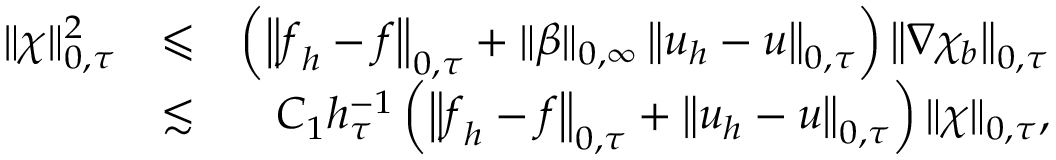
\begin{array} { r l r } { \| \chi \| _ { 0 , \tau } ^ { 2 } } & { \leqslant } & { \left( \left\| \boldsymbol { f } _ { h } - \boldsymbol { f } \right\| _ { 0 , \tau } + \| \beta \| _ { 0 , \infty } \left\| \boldsymbol { u } _ { h } - \boldsymbol { u } \right\| _ { 0 , \tau } \right) \left\| \nabla \chi _ { b } \right\| _ { 0 , \tau } } \\ & { \lesssim } & { C _ { 1 } h _ { \tau } ^ { - 1 } \left( \left\| \boldsymbol { f } _ { h } - \boldsymbol { f } \right\| _ { 0 , \tau } + \left\| \boldsymbol { u } _ { h } - \boldsymbol { u } \right\| _ { 0 , \tau } \right) \| \chi \| _ { 0 , \tau } , } \end{array}